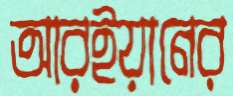
আরইয়ানের